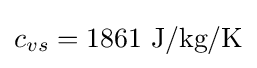
c_{vs}=1861{\text{ J/kg/K}}